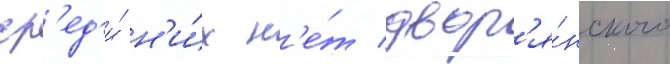
ср'ед'и́ н'и́х н'е́т двор'я́нского